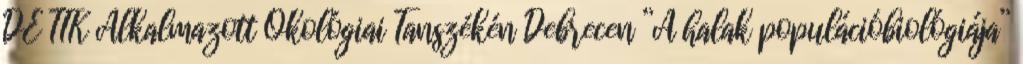
DE TTK Alkalmazott Ökológiai Tanszékén Debrecen ”A halak populációbiológiája”